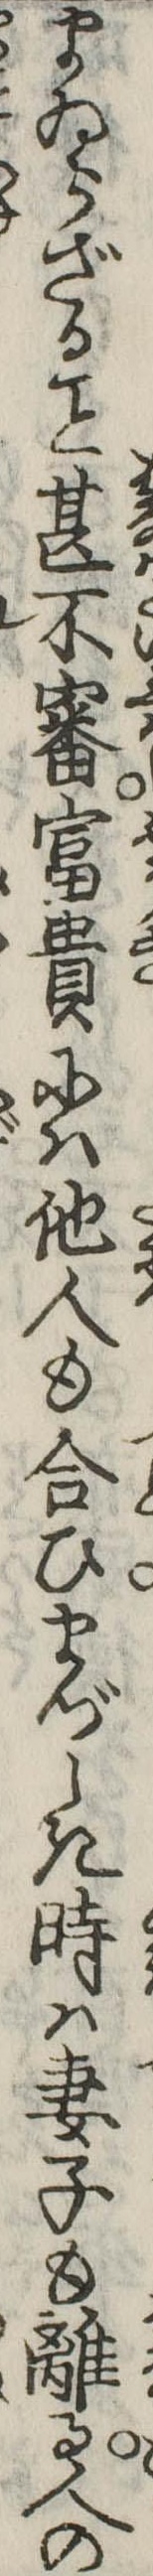
まゐらざる甚不審富貴には他人も合ひまづしき時は妻子も離る人の